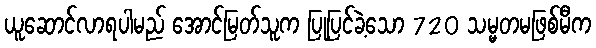
ယူဆောင်လာရပါမည် အောင်မြတ်သူက ပြုပြင်ခဲ့သော 720 သမ္မတမဖြစ်မီက